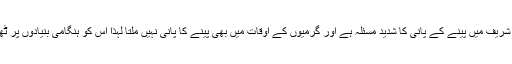
غلہ منڈی کے مزدوروں نے ارباب اختیار سے مطالبہ کیا ہے کہ رمضان شریف میں پینے کے پانی کا شدید مسئلہ ہے اور گرمیوں کے اوقات میں بھی پینے کا پانی نہیں ملتا لہذا اس کو ہنگامی بنیادوں پر ٹھیک کروا کر عوام کو پینے کا صاف پانی کی فراہمی کو یقینی بنایا جائے ۔